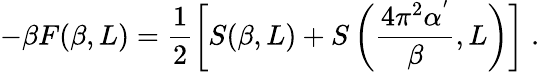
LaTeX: -\beta F(\beta,L)=\frac{1}{2}\left[S(\beta,L)+S\left(\frac{4\pi^{2}\alpha^{'}}{\beta},L\right)\right]\; .